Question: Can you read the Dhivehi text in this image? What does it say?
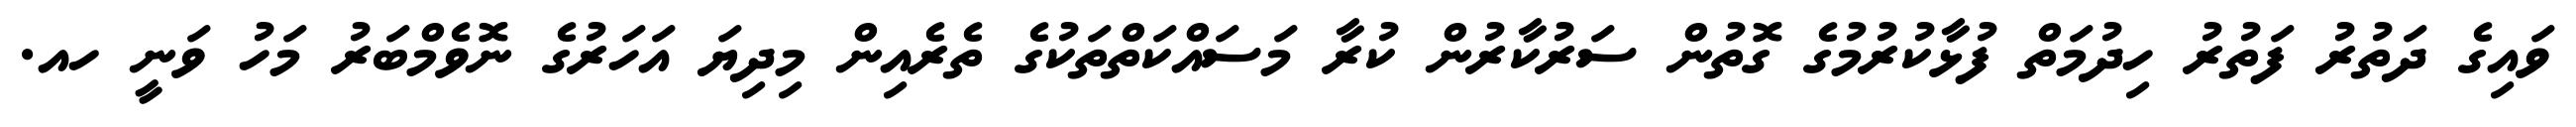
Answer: ވައިގެ ދަތުރު ފަތުރު ހިދުމަތް ފުޅާކުރުމުގެ ގޮތުން ސަރުކާރުން ކުރާ މަސައްކަތްތަކުގެ ތެރެއިން މިދިޔަ އަހަރުގެ ނޮވެމްބަރު މަހު ވަނީ ހއ.